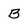
Character: B